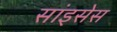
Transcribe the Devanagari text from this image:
सांइसेस